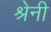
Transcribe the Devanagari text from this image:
श्रेनी